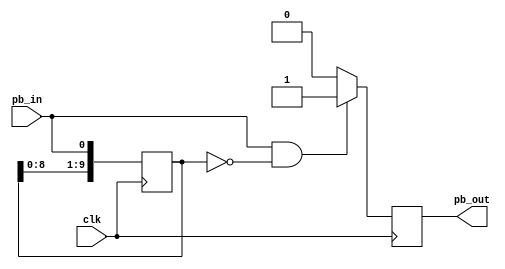
module special_one_pulse (
    input wire clk,
    input wire pb_in,
    output reg pb_out
);

reg[9:0] pb_in_delay;

always @(posedge clk) begin
	if (pb_in == 1 && pb_in_delay == 0) begin
		pb_out <= 1;
	end 
	else begin
		pb_out <= 0;
	end
end

always @(posedge clk) begin
	pb_in_delay <= {pb_in_delay[8:0] ,pb_in};
end

endmodule

module debounce (
	input wire clk,
	input wire pb, 
	output wire pb_debounced 
);
	reg [3:0] shift_reg; 

	always @(posedge clk) begin
		shift_reg[3:1] <= shift_reg[2:0];
		shift_reg[0] <= pb;
	end

	assign pb_debounced = ((shift_reg == 4'b1111) ? 1'b1 : 1'b0);

endmodule


module one_pulse (
    input wire clk,
    input wire pb_in,
    output reg pb_out
);

	reg pb_in_delay;

	always @(posedge clk) begin
		if (pb_in == 1'b1 && pb_in_delay == 1'b0) begin
			pb_out <= 1'b1;
		end else begin
			pb_out <= 1'b0;
		end
	end
	
	always @(posedge clk) begin
		pb_in_delay <= pb_in;
	end
endmodule